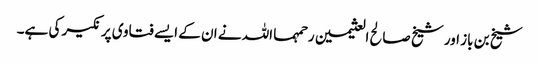
شیخ بن باز اور شیخ صالح العثیمین رحمہما اللہ نے ان کے ایسے فتاوی پر نکیر کی ہے۔